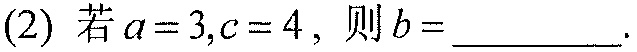
(2) 若\(a = 3,c = 4\)，则\(b=\_\_\_\_\_\).